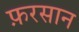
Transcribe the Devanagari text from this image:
फ़रसान